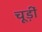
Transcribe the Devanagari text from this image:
चूड़ीं